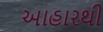
આહારથી